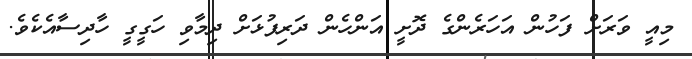
މިއީ ވަރަށް ފަހުން އަހަރެންގެ ދޮށީ އަންހެން ދަރިފުޅަށް ދިމާވި ހަގީގީ ހާދިސާއެކެވެ.